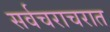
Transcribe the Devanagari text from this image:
सर्वचराचरात